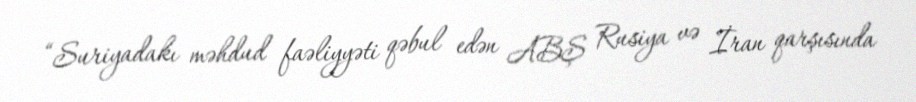
“Suriyadakı məhdud faəliyyəti qəbul edən ABŞ Rusiya və İran qarşısında